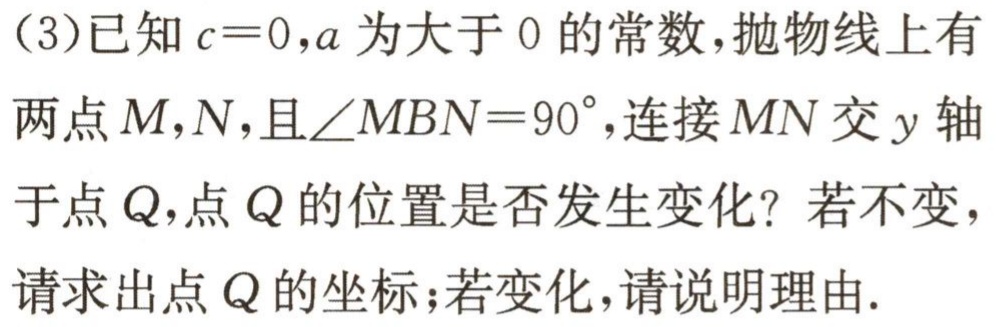
(3)已知\(c = 0\)，\(a\)为大于\(0\)的常数，抛物线上有两点\(M\)，\(N\)，且\(\angle MBN=90^{\circ}\)，连接\(MN\)交\(y\)轴于点\(Q\)，点\(Q\)的位置是否发生变化？若不变，请求出点\(Q\)的坐标；若变化，请说明理由.